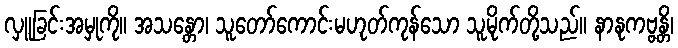
လှူခြင်းအမှုကို။ အသန္တော၊ သူတော်ကောင်းမဟုတ်ကုန်သော သူမိုက်တို့သည်။ နာနုကဗ္ဗန္တိ၊